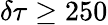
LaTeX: \delta\tau\geq 250